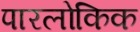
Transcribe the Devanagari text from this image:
पारलोकिक